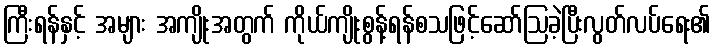
ကြီးရန်နှင့် အများ အကျိုးအတွက် ကိုယ်ကျိုးစွန့်ရန်စသဖြင့်ဆော်ဩခဲ့ပြီးလွတ်လပ်ရေး၏